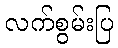
လက်စွမ်းပြ